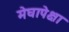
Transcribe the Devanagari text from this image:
मेघापेक्षा